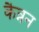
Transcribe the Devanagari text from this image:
कैन्नन